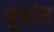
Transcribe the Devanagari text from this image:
शुर्वात